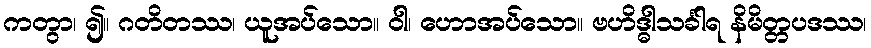
ကတွာ၊ ၍။ ဂတိတဿ၊ ယူအပ်သော။ ဝါ၊ ဟောအပ်သော။ ဗဟိဒ္ဓါသင်္ခါရ နိမိတ္တပဒဿ၊